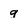
Character: g